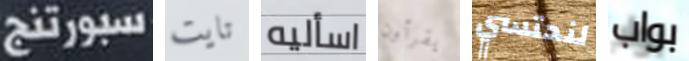
سبورتنج تايت اسأليه يقرأون لنحتسي بواب